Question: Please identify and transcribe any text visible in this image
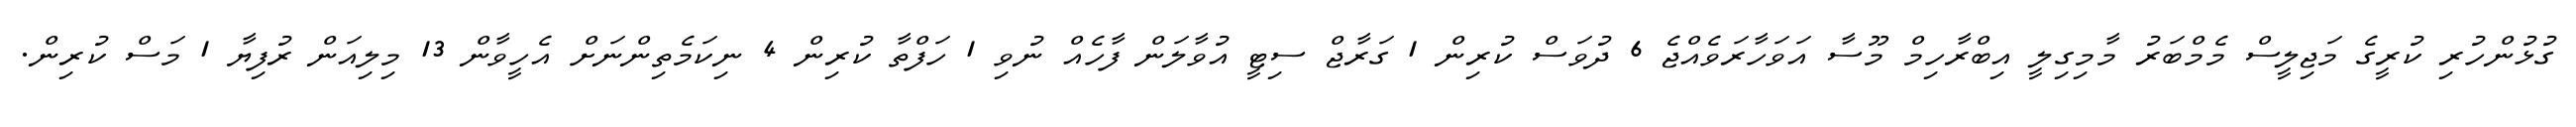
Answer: ގުޅުންހުރި ކުރީގެ މަޖިލީސް މެމްބަރު މާމިގިލީ އިބްރާހިމް މޫސާ އަވަހާރަވެއްޖެ 6 ދުވަސް ކުރިން 1 ގަރާޖް ސިޓީ އުވާލަން ފާހެއް ނުވި 1 ހަފްތާ ކުރިން 4 ނިކަމެތިންނަށް އެހީވާން 13 މިލިއަން ރުފިޔާ 1 މަސް ކުރިން.